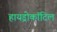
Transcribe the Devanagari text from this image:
हायड्रोकॉटिल